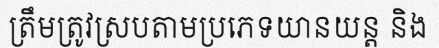
ត្រឹមត្រូវស្របតាមប្រភេទយានយន្ត និង